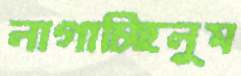
লাগাচ্ছিলুম